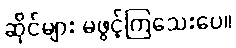
ဆိုင်များ မဖွင့်ကြသေးပေ။